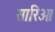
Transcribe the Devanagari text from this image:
सारिओ